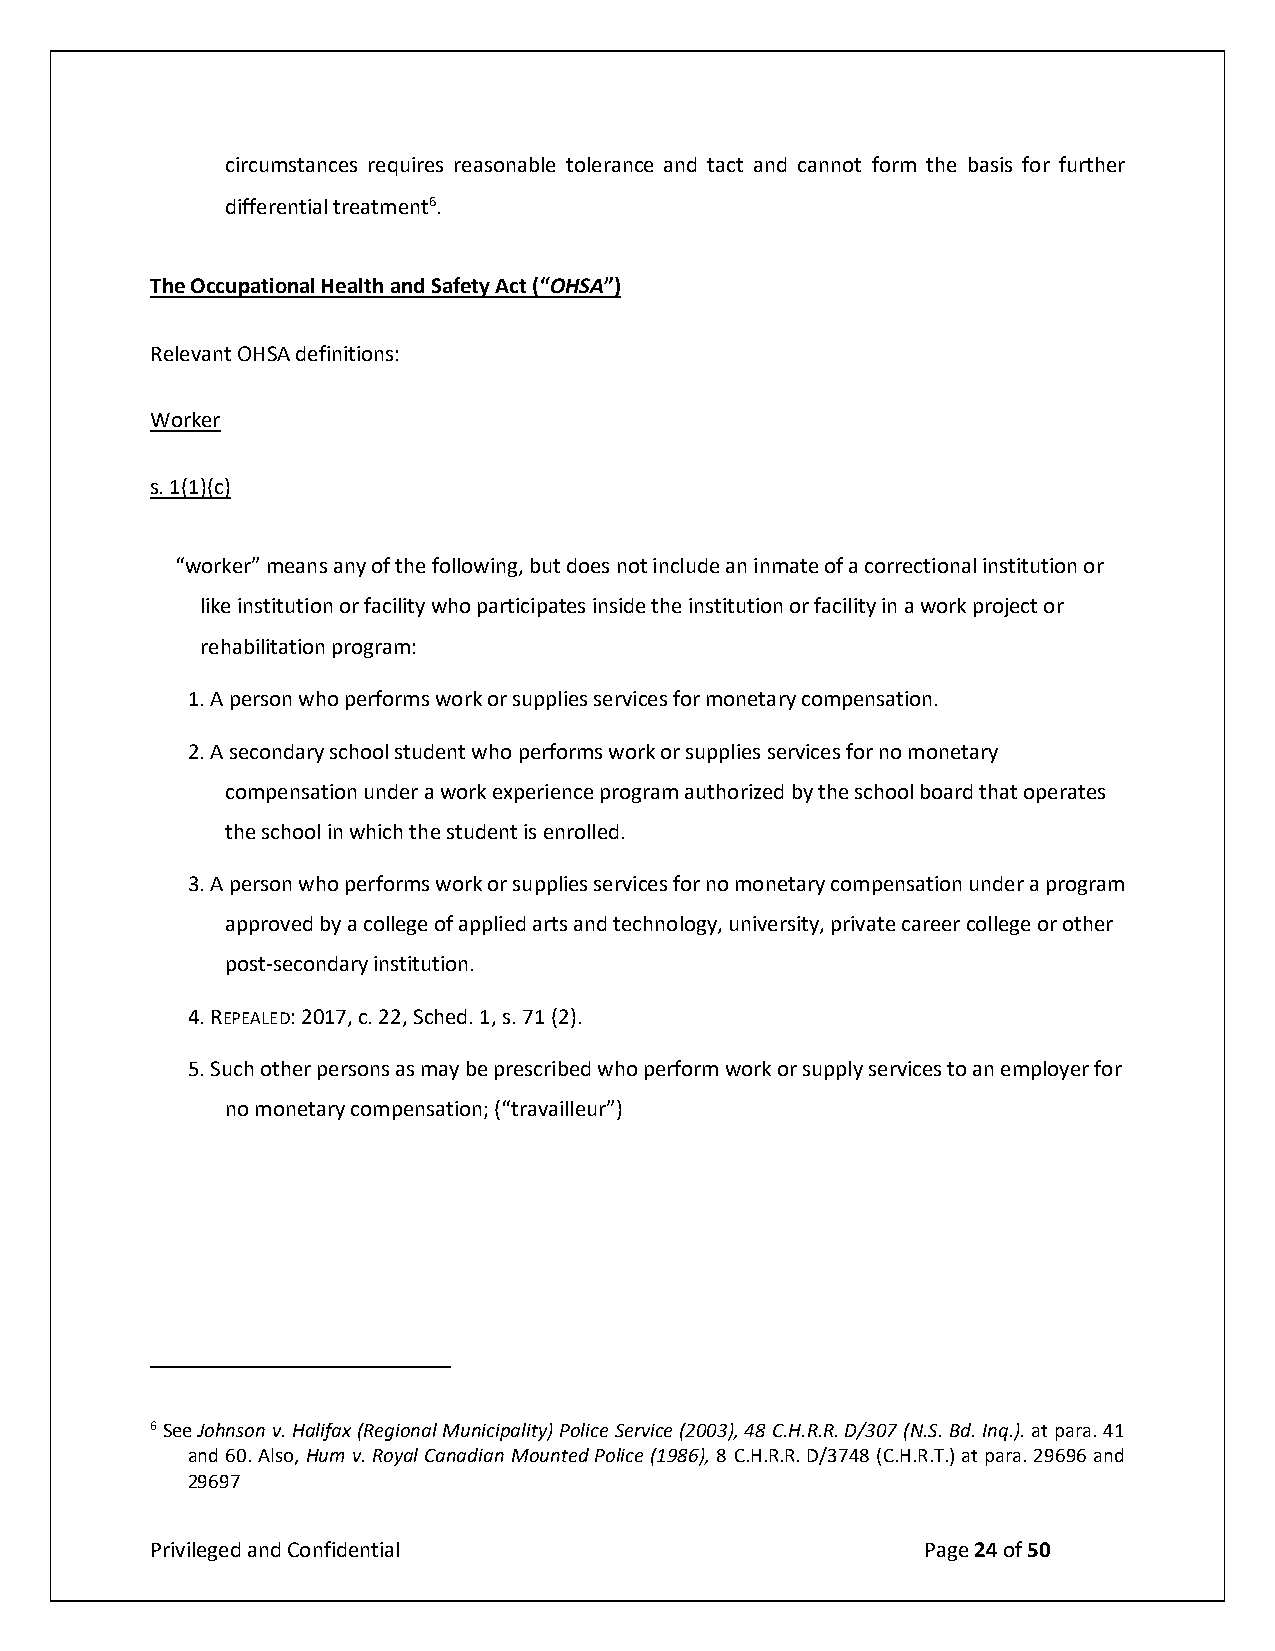
circumstances requires reasonable tolerance and tact and cannot form the basis for further
 differential treatment6.
 The Occupational Health and Safety Act (“OHSA”)
 Relevant OHSA definitions:
 Worker
 s. 1(1)(c)
 “worker” means any of the following, but does not include an inmate of a correctional institution or
 like institution or facility who participates inside the institution or facility in a work project or
 rehabilitation program:
 1. A person who performs work or supplies services for monetary compensation.
 2. A secondary school student who performs work or supplies services for no monetary
 compensation under a work experience program authorized by the school board that operates
 the school in which the student is enrolled.
 3. A person who performs work or supplies services for no monetary compensation under a program
 approved by a college of applied arts and technology, university, private career college or other
 post-secondary institution.
 4. REPEALED: 2017, c. 22, Sched. 1, s. 71 (2).
 5. Such other persons as may be prescribed who perform work or supply services to an employer for
 no monetary compensation; (“travailleur”)
 6 See Johnson v. Halifax (Regional Municipality) Police Service (2003), 48 C.H.R.R. D/307 (N.S. Bd. Inq.). at para. 41
 and 60. Also, Hum v. Royal Canadian Mounted Police (1986), 8 C.H.R.R. D/3748 (C.H.R.T.) at para. 29696 and
 29697
 Privileged and Confidential                        Page 24 of 50